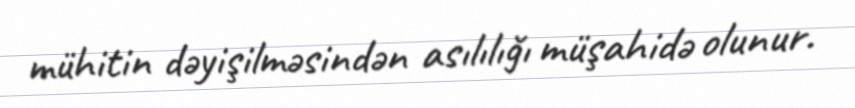
mühitin dəyişilməsindən asılılığı müşahidə olunur.